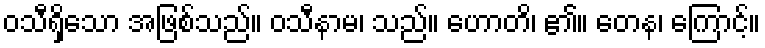
ဝသီရှိသော အဖြစ်သည်။ ဝသီနာမ၊ သည်။ ဟောတိ၊ ၏။ တေန၊ ကြောင့်။